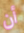
أن